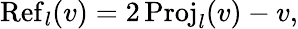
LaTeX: \operatorname{R\mathrm{e}f}_{l}(v)=2\operatorname{Proj}_{l}(v)-v,